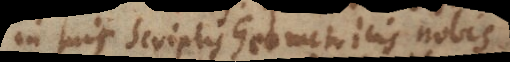
in suis Scriptis Geometricis nobis